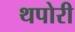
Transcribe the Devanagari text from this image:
थपोरी